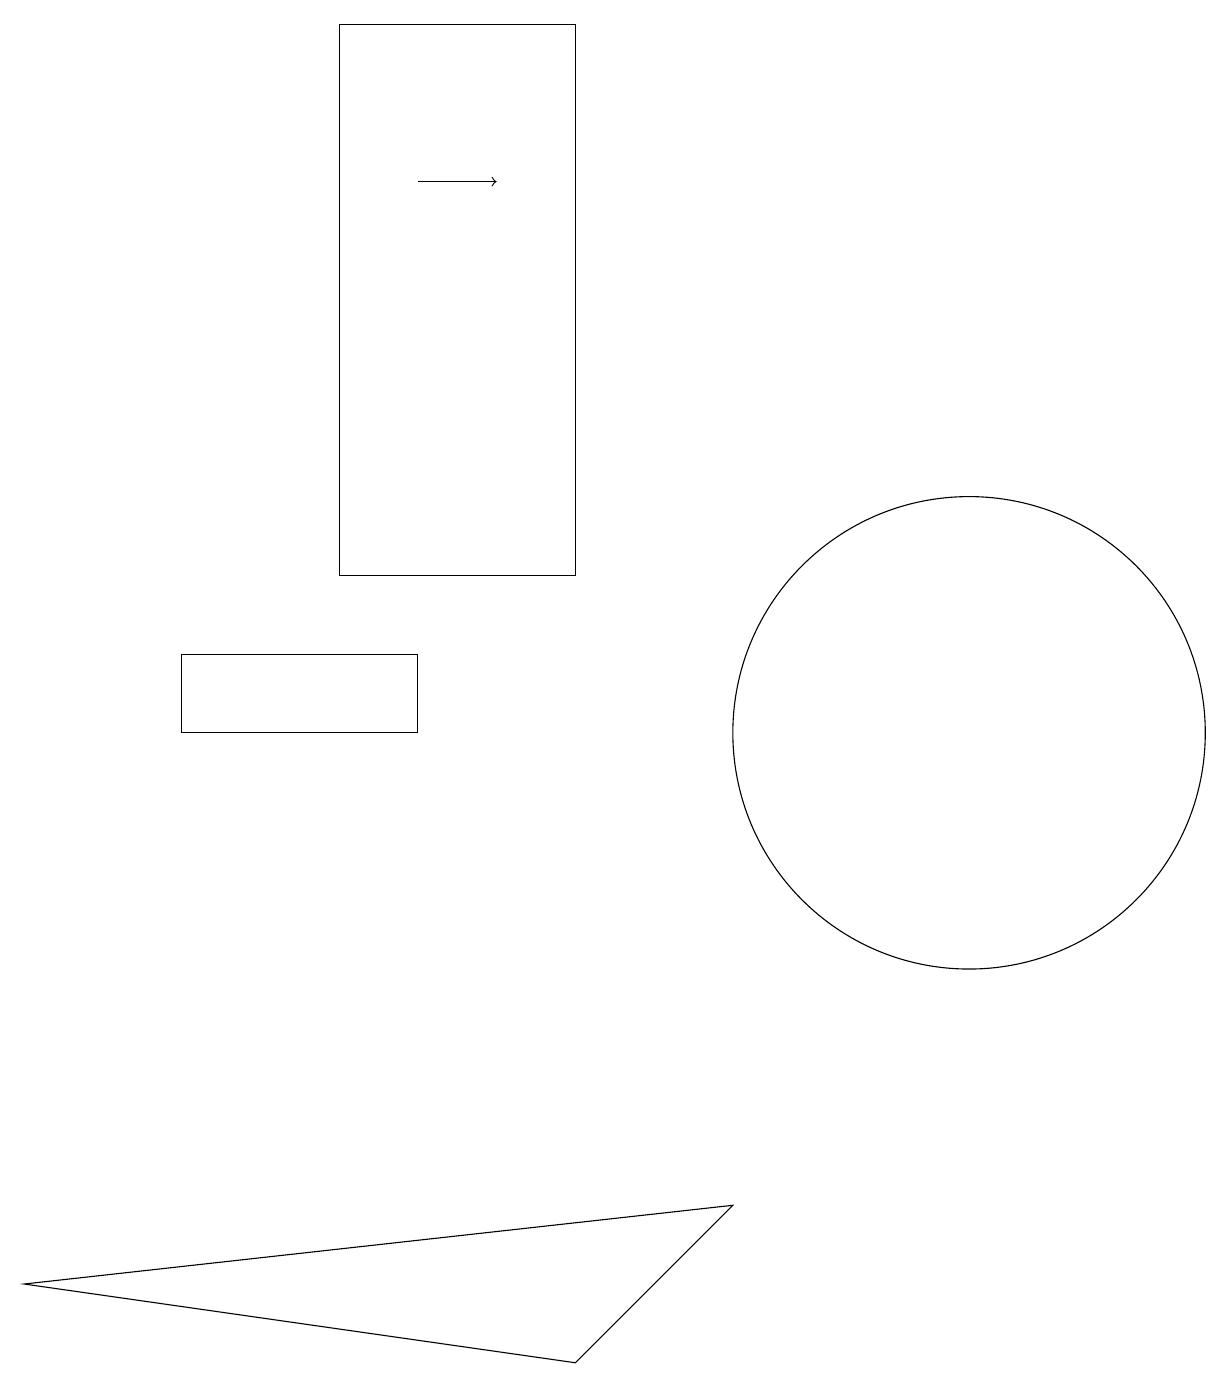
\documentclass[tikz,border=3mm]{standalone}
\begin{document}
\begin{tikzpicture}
\draw (7,12) rectangle (4,19);
\draw (7,2) -- (9,4) -- (0,3) -- cycle;
\draw (5,10) rectangle (2,11);
\draw (11,10) circle (0);
\draw[->] (5,17) -- (6,17);
\draw (12,10) circle (3);
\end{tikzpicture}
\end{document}